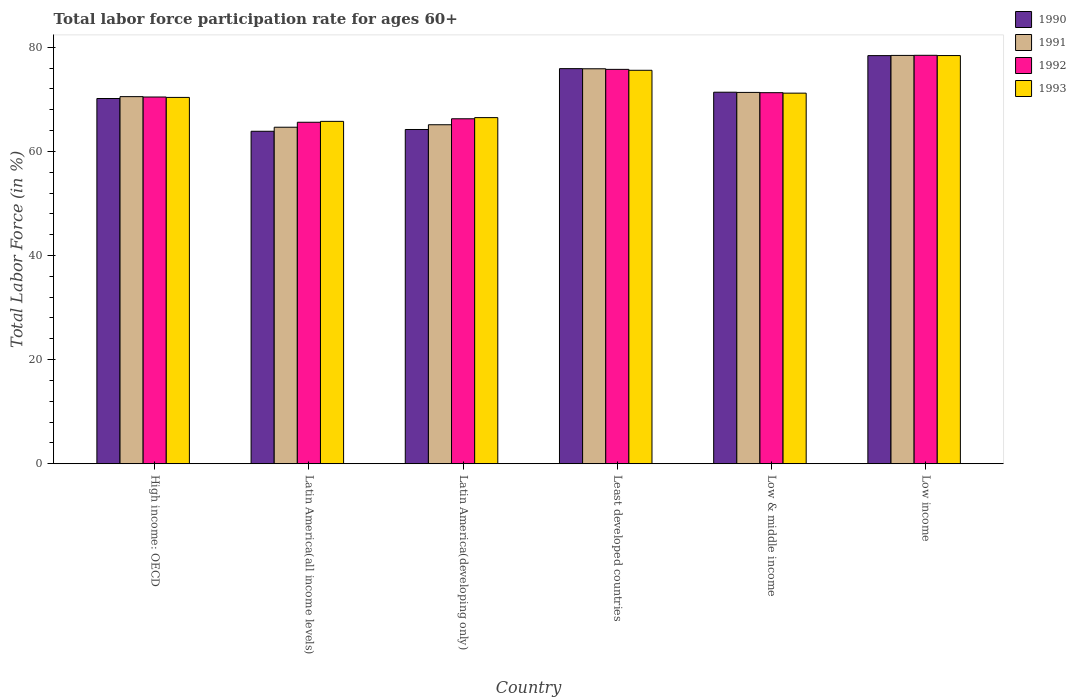
| Country | 1990 | 1991 | 1992 | 1993 |
 | --- | --- | --- | --- | --- |
 | High income: OECD | 70.2 | 70.5 | 70.4 | 70.4 |
 | Latin America(all income levels) | 63.9 | 64.6 | 65.6 | 65.8 |
 | Latin America(developing only) | 64.2 | 65.1 | 66.3 | 66.5 |
 | Least developed countries | 75.9 | 75.9 | 75.8 | 75.6 |
 | Low & middle income | 71.4 | 71.3 | 71.3 | 71.2 |
 | Low income | 78.4 | 78.4 | 78.5 | 78.4 |